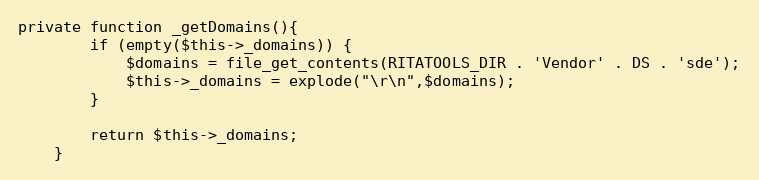
Language: PHP
private function _getDomains(){
		if (empty($this->_domains)) {
			$domains = file_get_contents(RITATOOLS_DIR . 'Vendor' . DS . 'sde');
			$this->_domains = explode("\r\n",$domains);
		}

		return $this->_domains;
	}